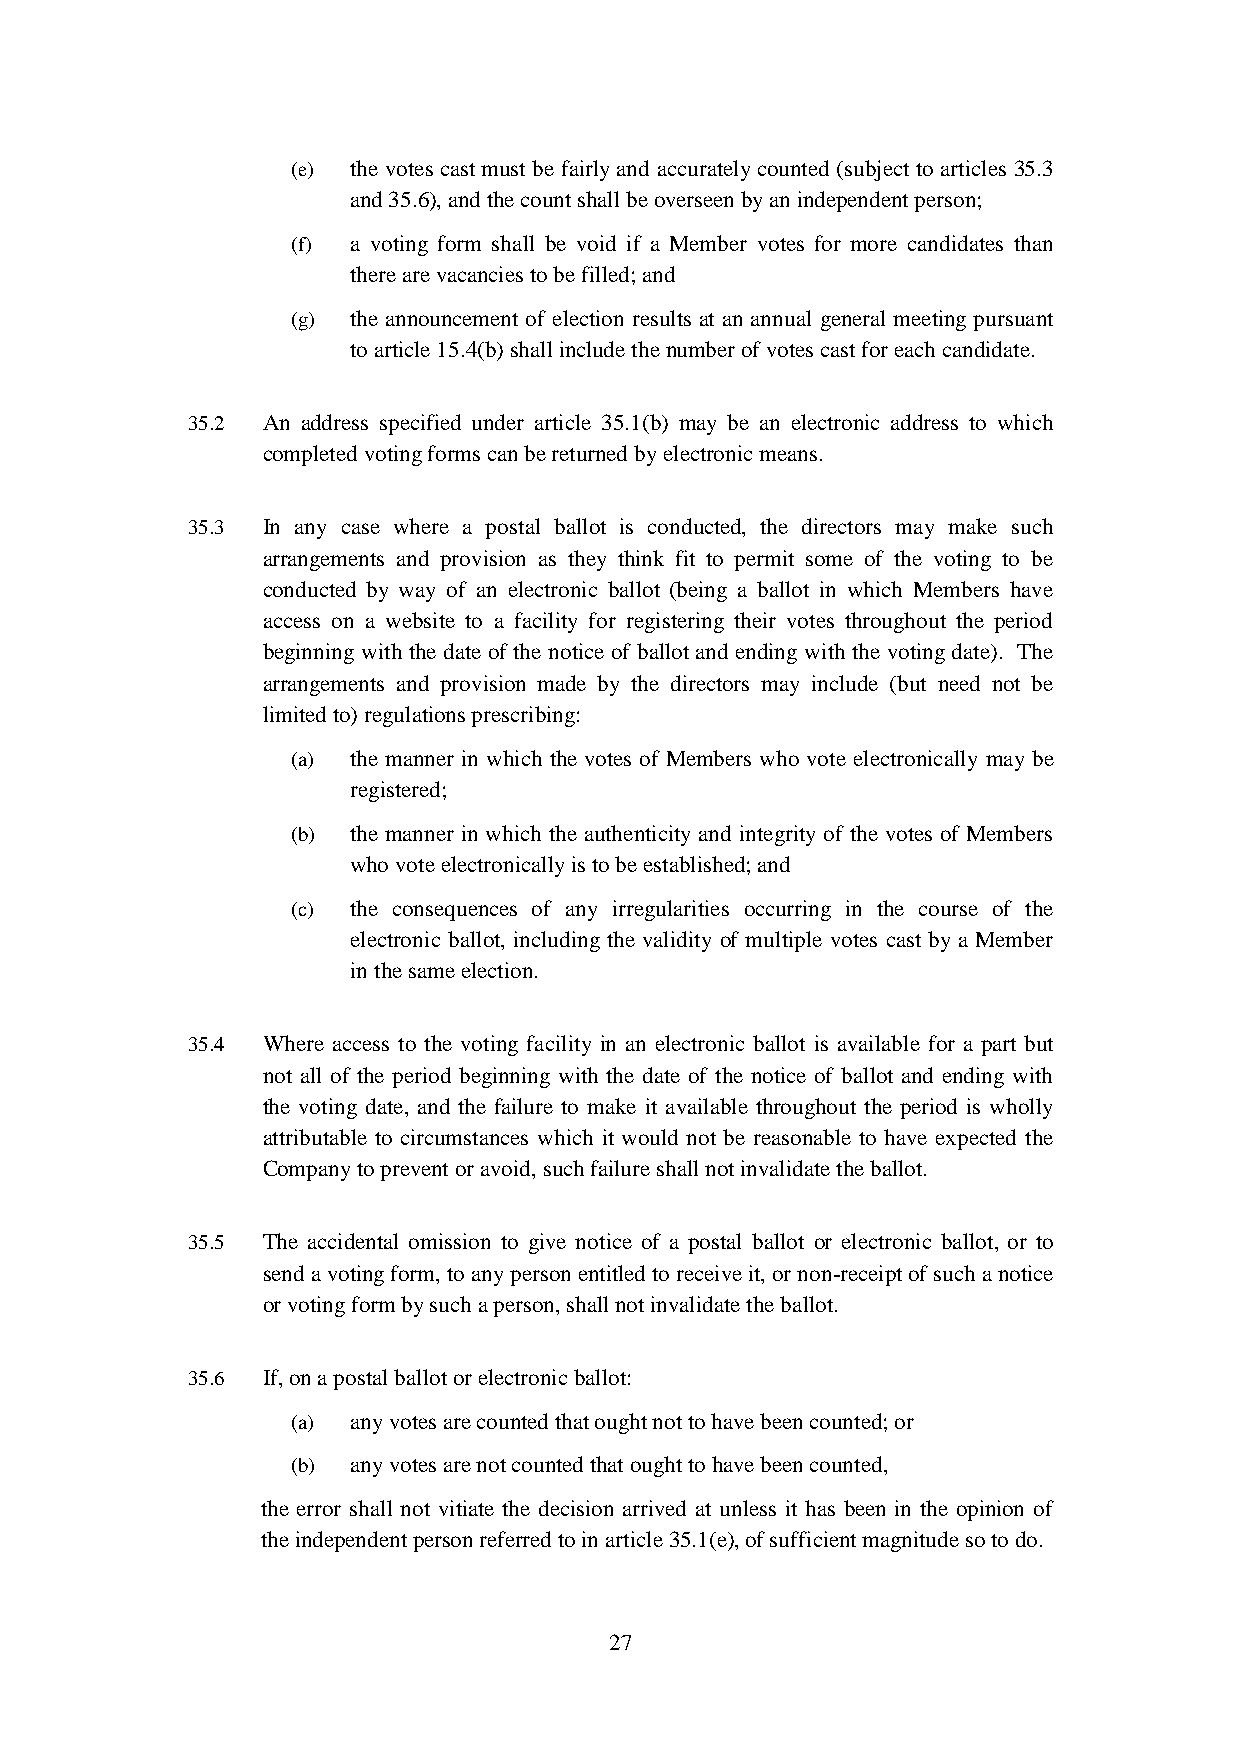
(e) the votes cast must be fairly and accurately counted (subject to articles 35.3
 and 35.6), and the count shall be overseen by an independent person;
 (f) a voting form shall be void if a Member votes for more candidates than
 there are vacancies to be filled; and
 (g) the announcement of election results at an annual general meeting pursuant
 to article 15.4(b) shall include the number of votes cast for each candidate.
 35.2 An address specified under article 35.1(b) may be an electronic address to which
 completed voting forms can be returned by electronic means.
 35.3 In any case where a postal ballot is conducted, the directors may make such
 arrangements and provision as they think fit to permit some of the voting to be
 conducted by way of an electronic ballot (being a ballot in which Members have
 access on a website to a facility for registering their votes throughout the period
 beginning with the date of the notice of ballot and ending with the voting date). The
 arrangements and provision made by the directors may include (but need not be
 limited to) regulations prescribing:
 (a) the manner in which the votes of Members who vote electronically may be
 registered;
 (b) the manner in which the authenticity and integrity of the votes of Members
 who vote electronically is to be established; and
 (c) the consequences of any irregularities occurring in the course of the
 electronic ballot, including the validity of multiple votes cast by a Member
 in the same election.
 35.4 Where access to the voting facility in an electronic ballot is available for a part but
 not all of the period beginning with the date of the notice of ballot and ending with
 the voting date, and the failure to make it available throughout the period is wholly
 attributable to circumstances which it would not be reasonable to have expected the
 Company to prevent or avoid, such failure shall not invalidate the ballot.
 35.5 The accidental omission to give notice of a postal ballot or electronic ballot, or to
 send a voting form, to any person entitled to receive it, or non-receipt of such a notice
 or voting form by such a person, shall not invalidate the ballot.
 35.6 If, on a postal ballot or electronic ballot:
 (a) any votes are counted that ought not to have been counted; or
 (b) any votes are not counted that ought to have been counted,
 the error shall not vitiate the decision arrived at unless it has been in the opinion of
 the independent person referred to in article 35.1(e), of sufficient magnitude so to do.
 27